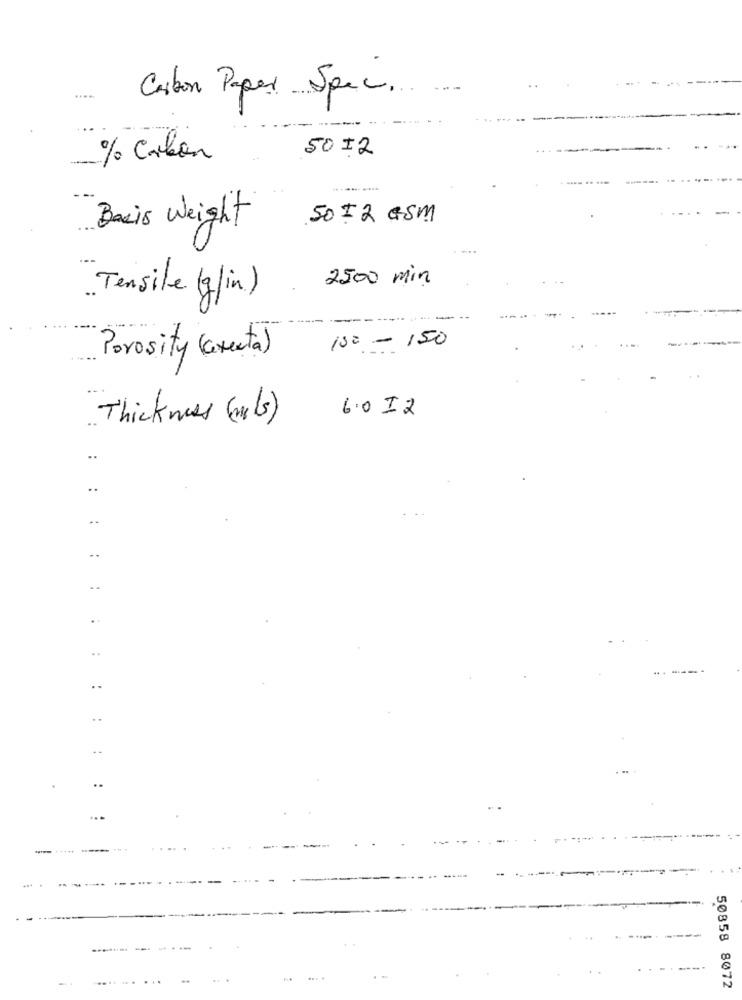
Carbon Paper Spec ...
5012
% Carbon
Basis Weight
50 = 2 GSM
2500 min
.Tensile (g/in)
100 - 150
Porosity (Greata)
Thickness (m/s)
6.0 12
..
..
..
..
..
------
..
..
--
. ..
..
50858 8072